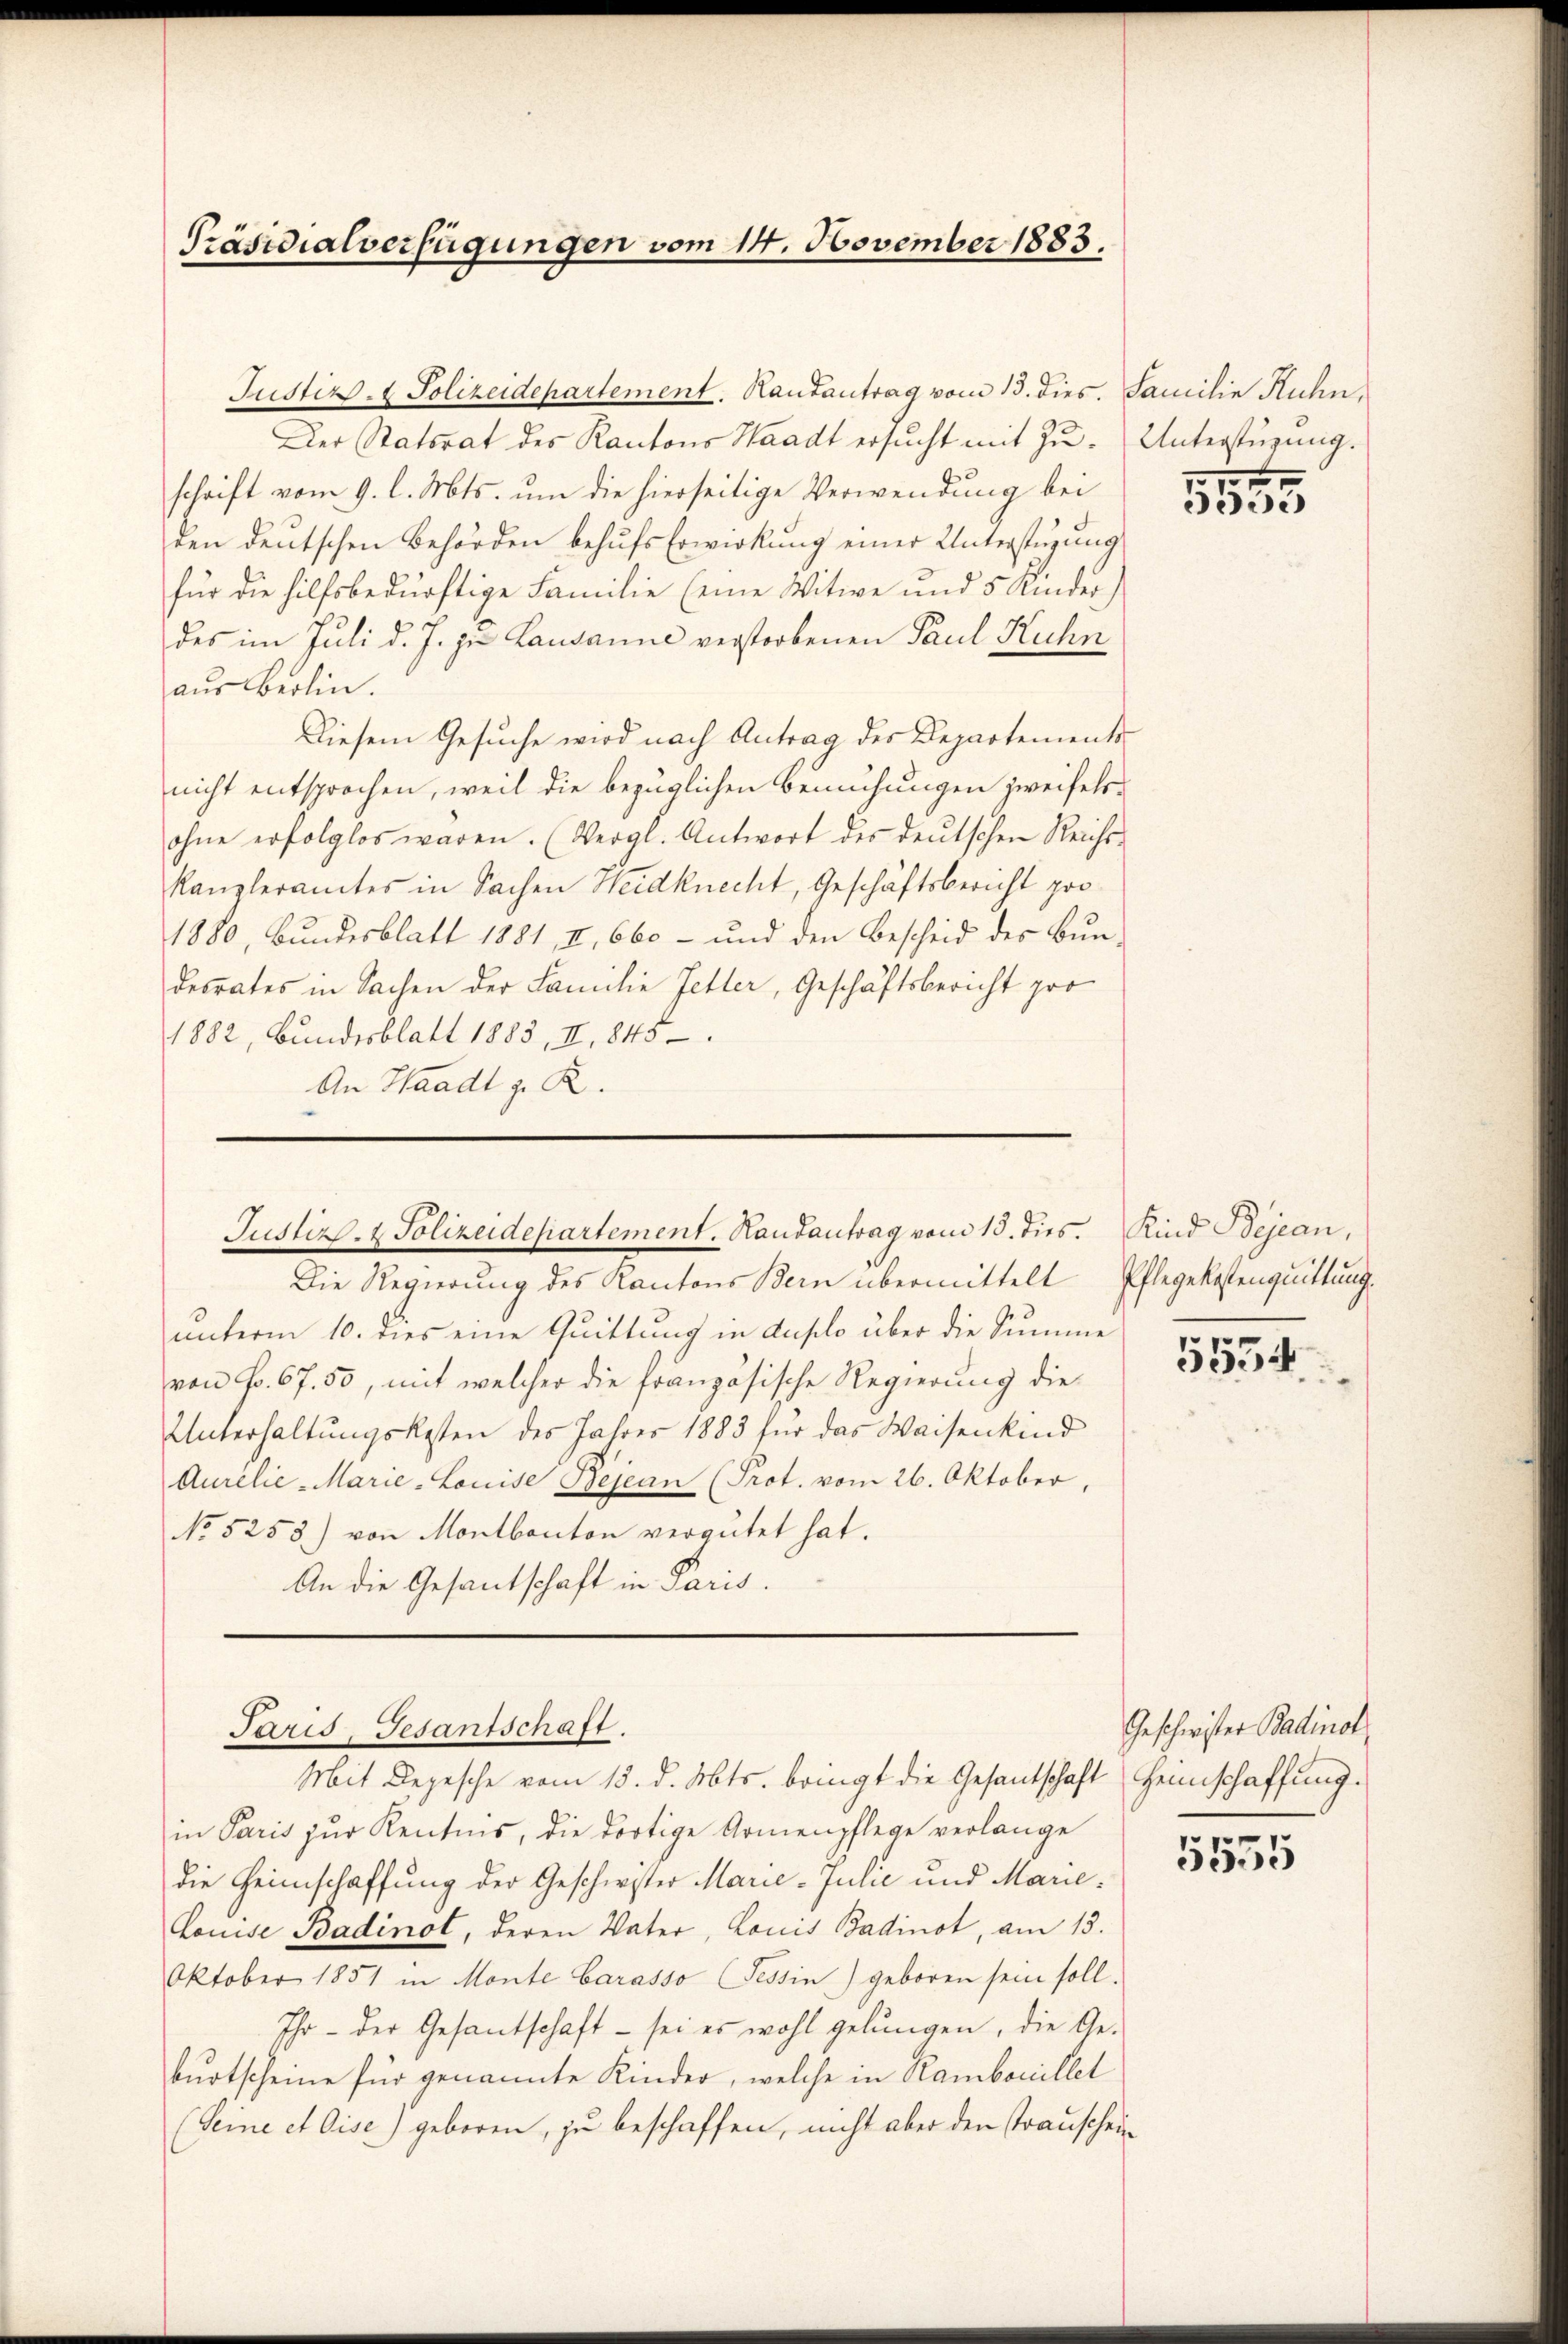
Präsidialverfügungen vom 14. November 1883.

Justiz- & Polizeidepartement. Kautantrag vom 13. dies. Familie Kuhn,
Der Ratsrat des Kantons Waadt ersŭcht mit Zŭ- Unterstüzung.
schrift vom 9. l. Mts. um die hierseitige Verwendung bei
den deutschen Behörden behufs Erwirkung einer Unterstüzung
für die hilfsbedürftige Familie (eine Witwe und 5 Kinder)
des im Juli d. J. zu Lausanne verstorbenen Paul Kuhn
aus Berlin.
Diesem Gesuche wird nach Antrag des Departementsnicht entsprochen, weil die bezüglichen Bemühungen zweifelsohne erfolglos waren. (Vergl. Antwort des deutschen Reichs-
Kanzleramtes in Sachen Neidknecht, Geschäftsbericht pro¬
1880, Bundesblatt 1881, II, 660 - und den Bescheid des Bundesrates in Sachen der Familie Fetter, Geschäftsbericht pro
1882, Bundesblatt 1883, II, 1843
An Waadt z. R.

Justiz- & Polizeidepartement. Kausantrag vom 13. dies. Kind Bejean,

Die Regierung des Kantons Bern übermittelt
unterm 10. dies eine Quittung in duplo über die Summe
von Fr. 67. 50, mit welcher die französische Regierung die
Unterhaltungskosten des Jahres 1883 für das Waisenkind
Aurelie-Marie-Louise Bejean (Prot. vom 26. Oktober,
No 5255) von Montbanton vergütet hat.
An die Gesantschaft in Paris.
Paris, Gesantschaft.
Mit Depesche vom 15. d. Mts. bringt die Gesantschaft Hennschaffung.
in Paris zur Kentnis, die dortige Armenpflege verlange
die Heimschaffung der Geschwister Marie-Juhe und Marie
Louise Badinot, deren Vater, Louis Badinot, am 13.
Oktober 1851 in Monte Carasso (Tessin) geboren sein soll.
Ihr - der Gesantschaft - sei es wohl gelungen, die Ge-
burtscheine für genannte Kinder, welche in Rambonillet
(Seine et Oise) geboren, zu beschaffen, nicht aber den Trauschei¬

1
Side

Pflegekostenquittung.
5554

Geschwister Badinol

e
555